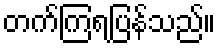
တက်ကြရပြန်သည်။